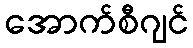
အောက်စီဂျင်